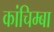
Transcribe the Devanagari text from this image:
कांचिम्बा